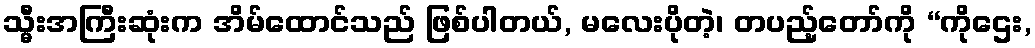
သ္မီးအကြီးဆုံးက အိမ်ထောင်သည် ဖြစ်ပါတယ်, မလေးပိုတဲ့၊ တပည့်တော်ကို “ကိုဌေး,